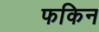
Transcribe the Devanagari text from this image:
फकिन